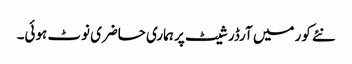
نئے کور میں آرڈر شیٹ پر ہماری حاضری نوٹ ہوئی۔